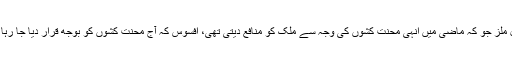
سٹیل ملز جو کہ ماضی میں انہی محنت کشوں کی وجہ سے ملک کو منافع دیتی تھی، افسوس کہ آج محنت کشوں کو بوجھ قرار دیا جا رہا ہے۔